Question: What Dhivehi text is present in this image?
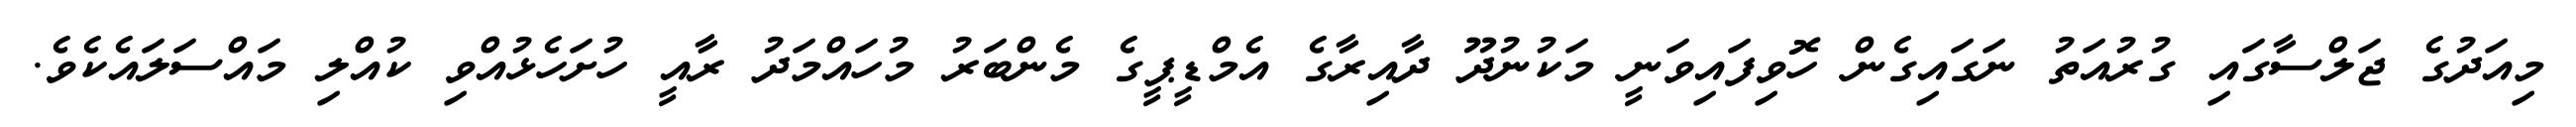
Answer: މިއަދުގެ ޖަލްސާގައި ގުރުއަތު ނަގައިގެން ހޮވިފައިވަނީ މަކުނުދޫ ދާއިރާގެ އެމްޑީޕީގެ މެންބަރު މުހައްމަދު ރާއީ ހުށަހެޅުއްވި ކުއްލި މައްސަލައެކެވެ.